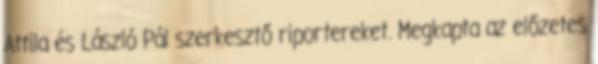
Attila és László Pál szerkesztő riportereket. Megkapta az előzetes